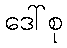
ဒေါ်စု